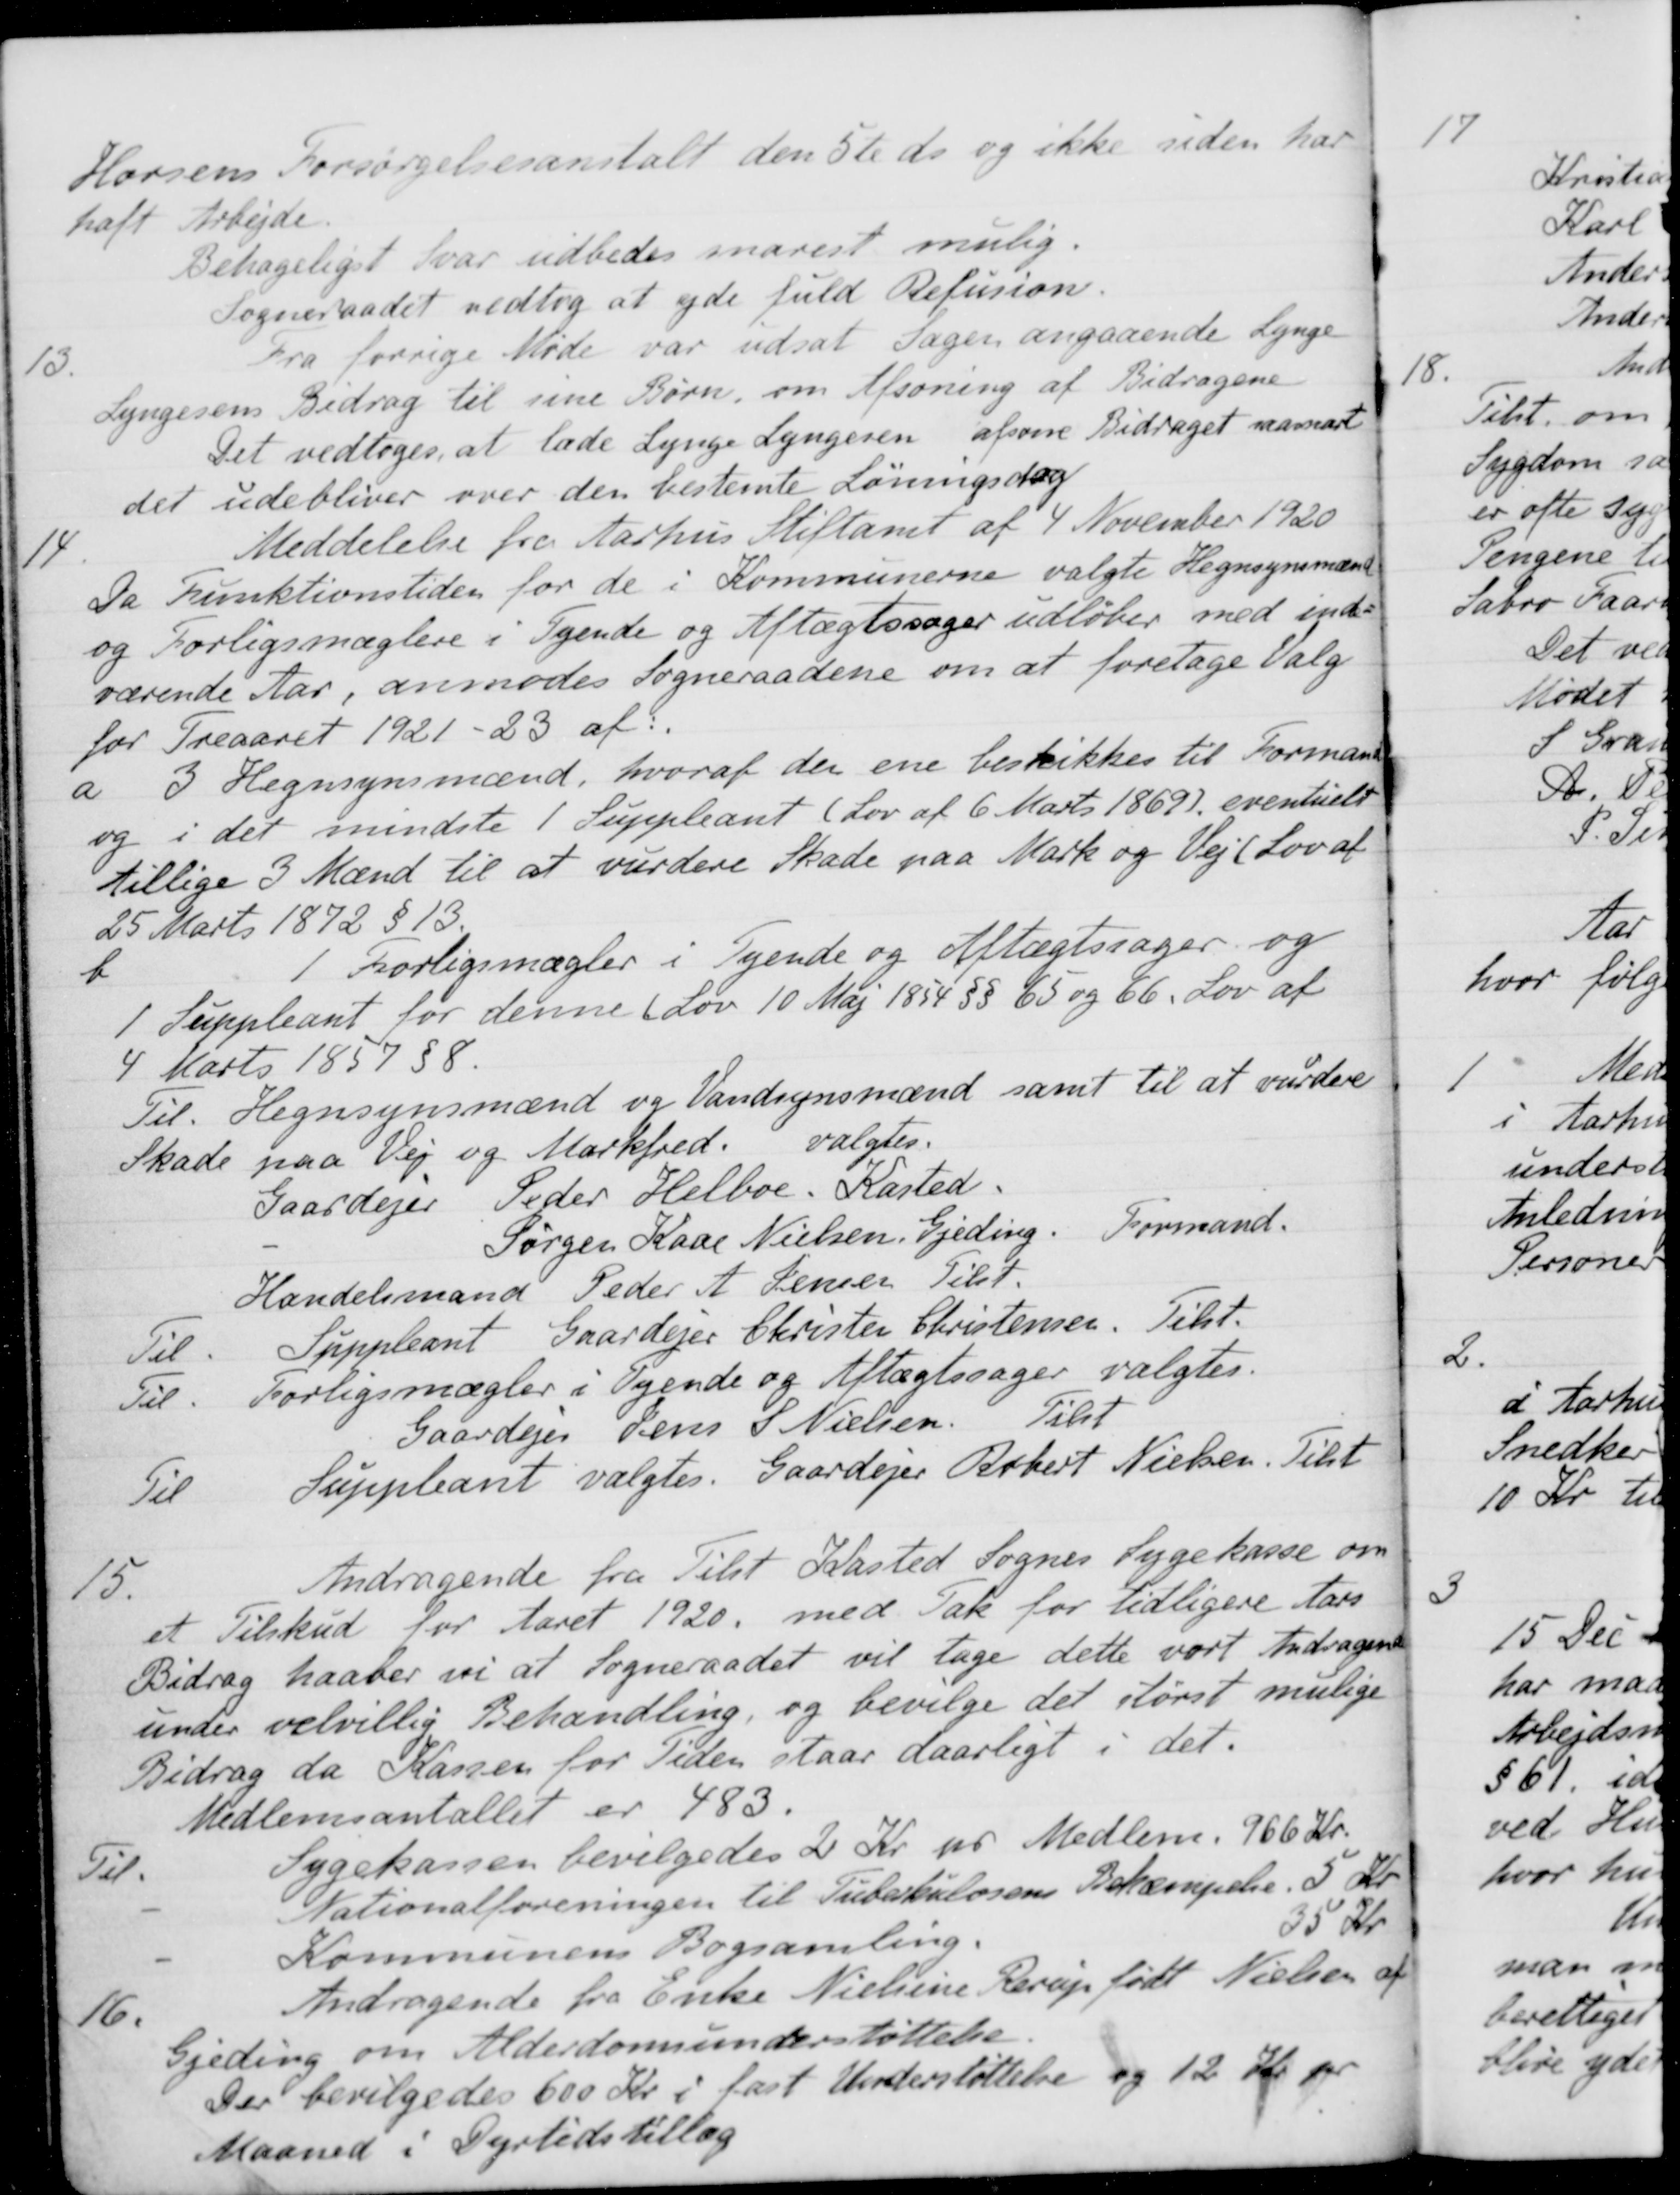
Transskription:
Horsens Forsørgelsesanstalt den 5te ds og ikke siden har
haft Arbejde.
Behageligst Svar udbedes snarest mulig.
Sogneraadet vedtog at yde fuld Refusion.
13.
Fra forrige Møde var udsat sager angaaende Lynge
Lyngesens Bidrag til sine Børn, om Afsoning af Bidragene
Det vedtoges, at lade Lynge Lyngesen afsone Bidraget saasnart
det udebliver over den bestemte Løningsdag
14
Meddelelse fra Aarhus Stiftamt af 4 November 1920
Da Funktionstiden for de i Kommunerne valgte Hegnsynsmænd
og Forligsmæglere i Tyende og Aftægtssager udløber med inde-
værende Aar, anmodes Sogneraadene om at foretage Valg
for Treaaret 1921-23 af:
a
3 Hegnsynsmænd, hvoraf den ene beskikkes til Formand
og i det mindste 1 Suppleant (Lov af 6 Marts 1869), eventuelt
tillige 3 Mænd til at vurdere Skade paa Mark og Vej (Lov af
25 Marts 1872 § 13
b
1 Forligsmægler i Tyende og Aftægtssager og
1 Suppleant for denne (Lov 10 Maj 1854 §§ 65 og 66. Lov af
4 Marts 1857 § 8.
Til Hegnsynsmænd og Vandsynsmænd samt til at vurdere
Skade paa Vej og Markfred. valgtes.
Gaardejer Peder Helboe, Kasted.
Jørgen Kaae Nielsen, Gjeding. Formand.
Handelsmand Peder A. Jensen Tilst.
Til Suppleant Gaardejer Christen Christensen. Tilst.
Til Forligsmægler i Tyende og Aftægtssager valgtes.
Gaardejer Jens S Nielsen. Tilst
Til Suppleant valgtes Gaardejer Robert Nielsen. Tilst
15.
Andragende fra Tilst Kasted Sognes Sygekasse om
et Tilskud for Aaret 1920 med Tak for tidligere Aars
Bidrag haaber vi at Sogneraadet vil tage dette vort Andragende
under velvillig Behandling, og bevilge det størst mulige
Bidrag da Kassen for Tiden staar daarligt i det.
Medlemsantallet er 483.
Til.
Sygekassen bevilgedes 2 Kr. pr. Medlem. 966 Kr.
Nationalforeningen til Tuberkulosens Bekæmpelse. 5 Kr.
Kommunens Bogsamling
35 Kr.
16.
Andragende fra Enke Nielsine Rerup født Nielsen af
Gjeding om Alderdomsunderstøttelse.
Der bevilgedes 600 Kr. i fast Understøttelse og 12 Kr pr
Maaned i Dyrtidstillæg